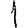
Digit: 1